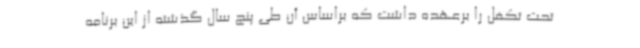
تحت تکفل را برعهده داشت که براساس آن طی پنج سال گذشته از این برنامه